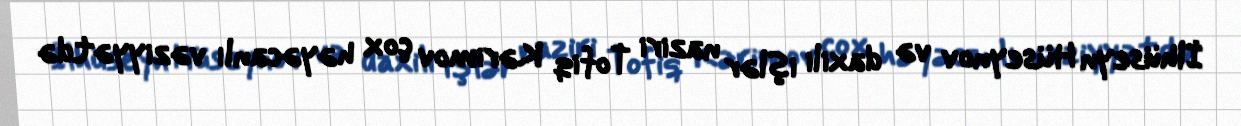
İlhüseyn Hüseynov və daxili işlər naziri Tofiq Kərimov çox həyəcanlı vəziyyətdə